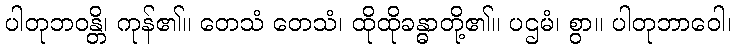
ပါတုဘဝန္တိ၊ ကုန်၏။ တေသံ တေသံ၊ ထိုထိုခန္ဓာတို့၏။ ပဌမံ၊ စွာ။ ပါတုဘာဝေါ၊